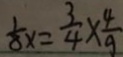
\frac { 1 } { 8 } x = \frac { 3 } { 4 } \times \frac { 4 } { 9 }